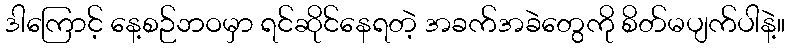
ဒါကြောင့် နေ့စဉ်ဘဝမှာ ရင်ဆိုင်နေရတဲ့ အခက်အခဲတွေကို စိတ်မပျက်ပါနဲ့။